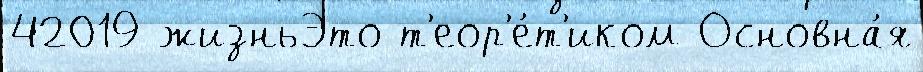
42019 жизньЭто т'еор'е́т'иком Основна́я